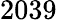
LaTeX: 2039